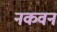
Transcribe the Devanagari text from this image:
नकवनं